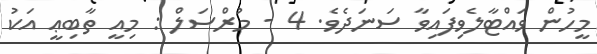
މީހުން ވައްޓާލެވިފައިވާ ސަނަދެވެ. 4 - މުރްސަލް : މިއީ ތާބިޢީ އަކު